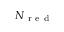
N _ { \mathrm { ~ r ~ e ~ d ~ } }